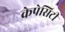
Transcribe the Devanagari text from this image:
केपेसिटी